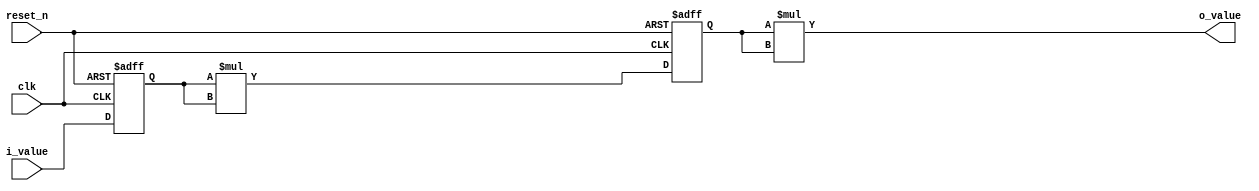
`timescale 1ns/1ns

module power_of_8_dw (
    input clk, reset_n,
    input   [31:0]  i_value,
    output  [31:0]  o_value
);
integer i;


reg [31:0] r_power_of_2;
reg [31:0] r_power_of_4;
wire [31:0] power_of_2;
wire [31:0] power_of_4;

always @(posedge clk or negedge reset_n) begin
    if (!reset_n) begin
        r_power_of_2 <= 0;
        r_power_of_4 <= 0;
    end
    else begin
        r_power_of_2 <= i_value;
        r_power_of_4 <= power_of_2;
    end
end


assign power_of_2 = r_power_of_2 * r_power_of_2;
assign power_of_4 = r_power_of_4 * r_power_of_4;    
assign o_value = power_of_4;


    
endmodule